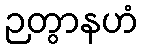
ဉတွာနဟံ